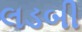
લડબી